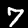
Label: 7